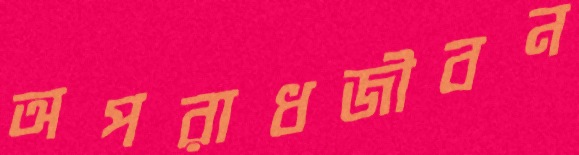
অপরাধজীবন